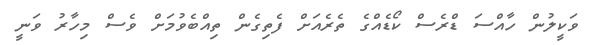
ވަކީލުން ހާއްސަ ޑްރެސް ކޯޑެއްގެ ތެރެއަށް ފެތިގެން ތިއްބެވުމަށް ވެސް މިހާރު ވަނީ